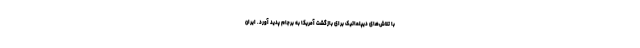
با تلاش‌های دیپلماتیک برای بازگشت آمریکا به برجام پدید آورد. ایران